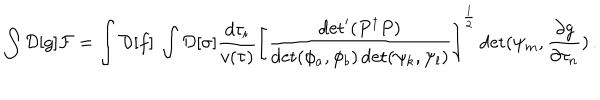
\int { \cal D } [ g ] { \cal F } = \int { \cal D } [ f ] \: \int { \cal D } [ \sigma ] { \frac { d \tau _ { i } } { v ( \tau ) } } \left[ { \frac { \det ^ { \prime } ( P ^ { \dagger } P ) } { \det ( \phi _ { a } , \phi _ { b } ) \det ( \psi _ { k } , \psi _ { l } ) } } \right] ^ { \frac { 1 } { 2 } } \det ( \psi _ { m } , { \frac { \partial g } { \partial \tau _ { n } } } ) \, .